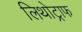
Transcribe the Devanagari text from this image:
लिथोट्राफ